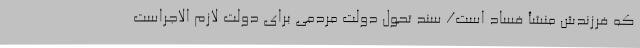
که فرزندش منشأ فساد است/ سند تحول دولت مردمی برای دولت لازم الاجراست